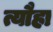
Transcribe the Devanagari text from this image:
त्यौहा